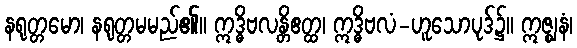
နရုတ္တမော၊ နရုတ္တမမည်၏။ ဣဒ္ဓိဗလန္တိဧတ္ထ၊ ဣဒ္ဓိဗလံ-ဟူသောပုဒ်၌။ ဣဇ္ဈနံ၊